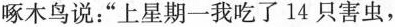
啄木鸟说：”上星期一我吃了14只害虫，